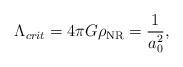
LaTeX: \begin{align*}\Lambda_{crit} =4\pi G \rho_{\rm NR} = \frac{1}{a_0^2},\end{align*}